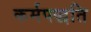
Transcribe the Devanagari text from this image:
कर्मपद्धति